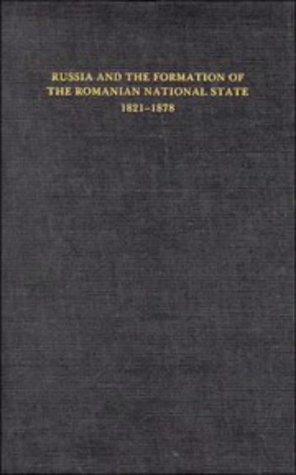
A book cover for Russia and the Formation of the Romanian National State, 1821-1878 (The Joint Committee on Eastern Europe Publication Series, No. 13); Barbara Jelavich; History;